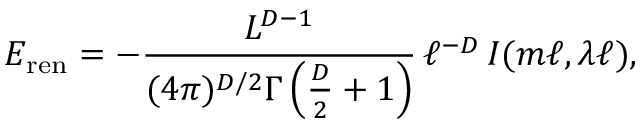
E _ { \mathrm { r e n } } = - \frac { L ^ { D - 1 } } { ( 4 \pi ) ^ { D / 2 } \Gamma \left( \frac { D } { 2 } + 1 \right) } \, \ell ^ { - D } \, { \cal I } ( m \ell , \lambda \ell ) ,